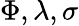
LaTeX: \Phi,\lambda,\sigma